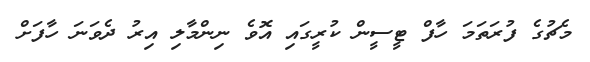
މެޗުގެ ފުރަތަމަ ހާފް ޓީސީން ކުރީގައި އޮވެ ނިންމާލި އިރު ދެވަނަ ހާފަށް